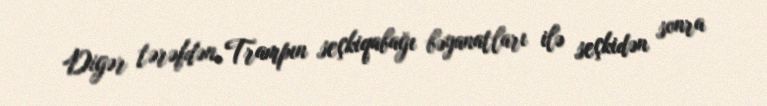
Digər tərəfdən, Trampın seçkiqabağı bəyanatları ilə seçkidən sonra